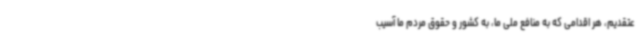
عتقدیم، هر اقدامی که به منافع ملی ما، به کشور و حقوق مردم ما آسیب